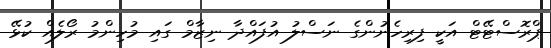
ޕްރޮސްޓޭޓް އަކީ ފިރިހެނުންގެ ނަސްލު އުފައްދާ ނިޒާމް ގައި މުހިންމު ރޯލެއް ކުޅޭ